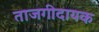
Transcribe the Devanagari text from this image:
ताजगीदायक